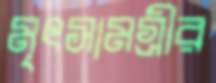
মৃৎসামগ্রীর